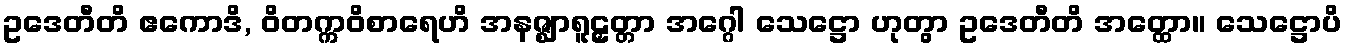
ဥဒေတီတိ ဧကောဒိ, ဝိတက္ကဝိစာရေဟိ အနဇ္ဈာရူဠှတ္တာ အဂ္ဂေါ သေဋ္ဌော ဟုတွာ ဥဒေတီတိ အတ္ထော။ သေဋ္ဌောပိ